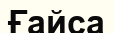
Ғайса